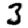
Digit: 3